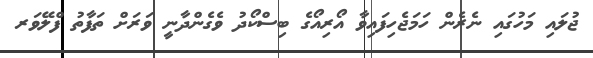
ޖުލައި މަހުގައި ނެރެން ހަމަޖެހިފައިވާ އޯރިއޯގެ ބިސްކޯދު ވެގެންދާނީ ވަރަށް ތަފާތު ފްލޭވަރ